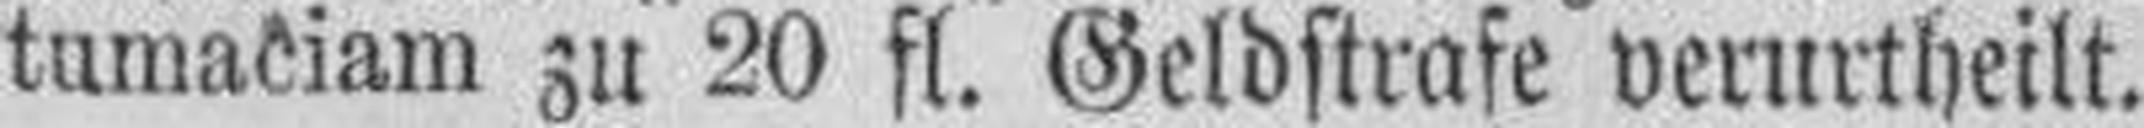
tumaciam zu 20 fl. Geldstrafe verurtheilt.